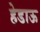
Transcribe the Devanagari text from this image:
हेडाऊ